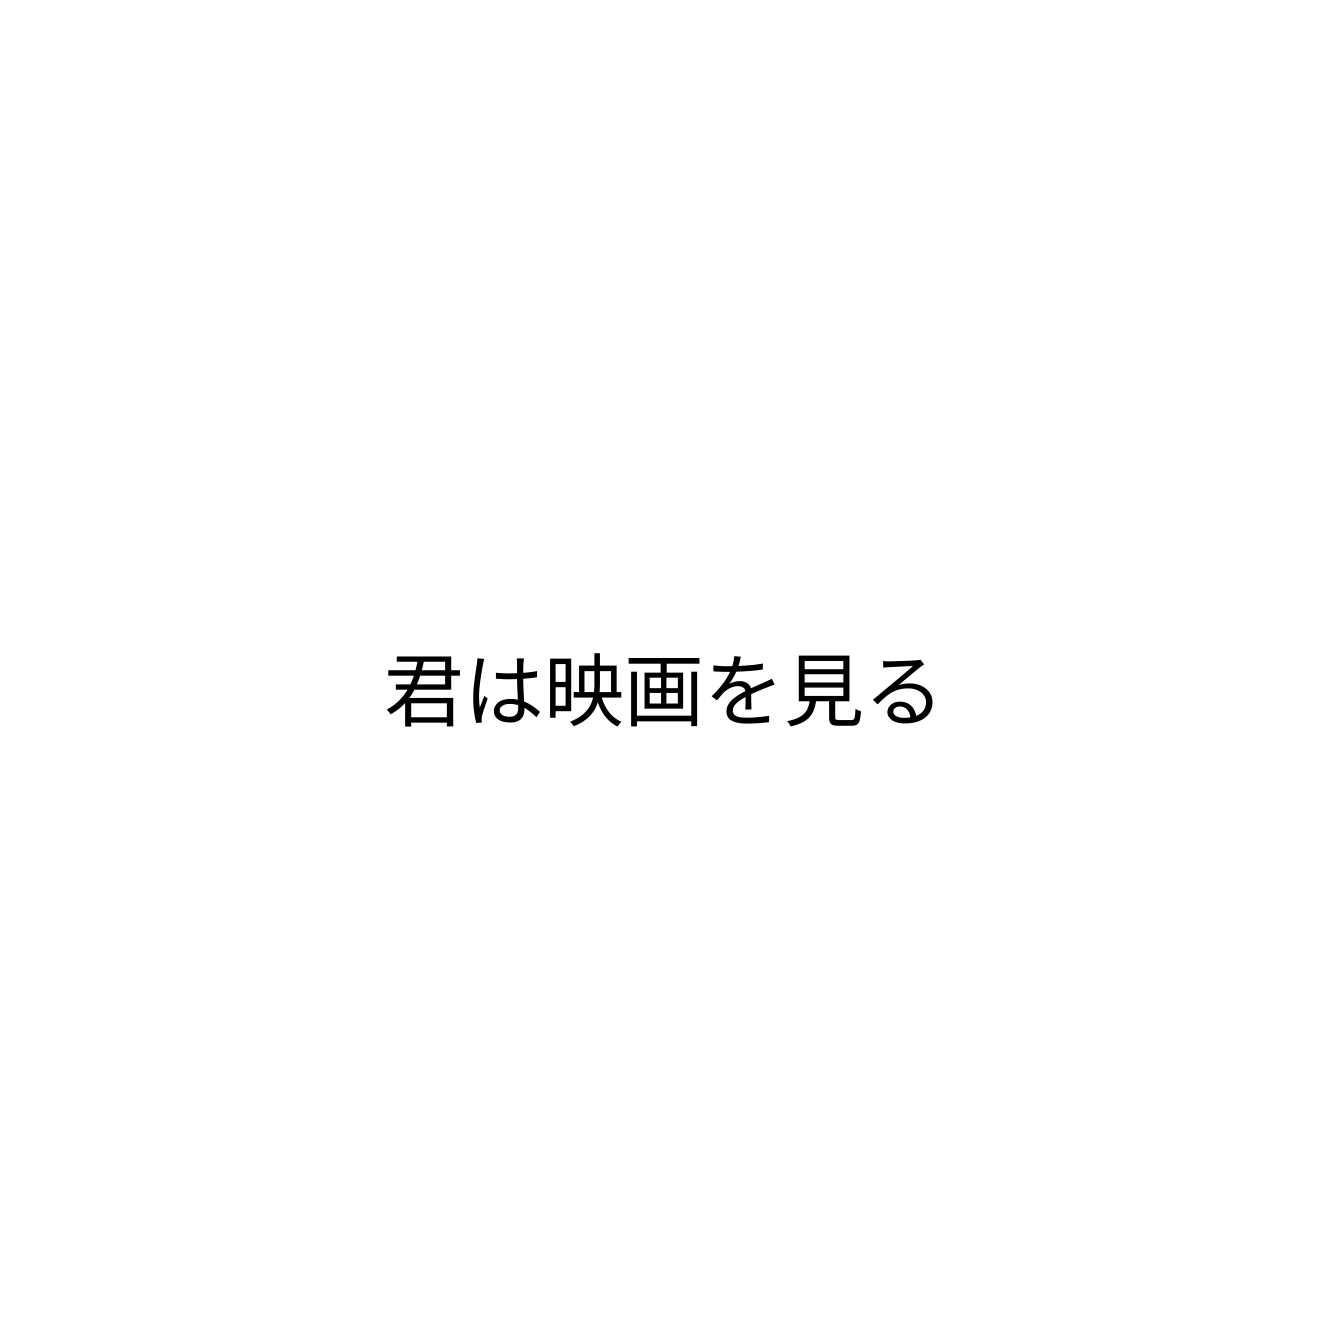
君は映画を見る